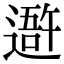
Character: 𨖍